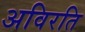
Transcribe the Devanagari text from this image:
अविरति